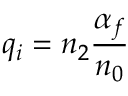
q _ { i } = n _ { 2 } \frac { \alpha _ { f } } { n _ { 0 } }